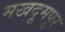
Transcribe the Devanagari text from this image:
मखदूमपूर